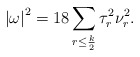
\begin{align*}\left|\omega\right|^2=18\sum_{r \leq \frac{k}{2}}\tau_r^2\nu_r^2.\end{align*}